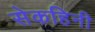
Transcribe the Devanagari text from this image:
सेकहिनी